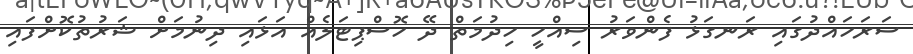
ސަރަހައްދުގައި ރަނގަޅު ފެންވަރު ސިއްހީ ހިދުމަތް ދޭ ހޮސްޕިޓަލެއް އަޅައި ދިނުމަށް ޝަރުތުކޮށްފައި